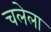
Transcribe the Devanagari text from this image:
चलेला